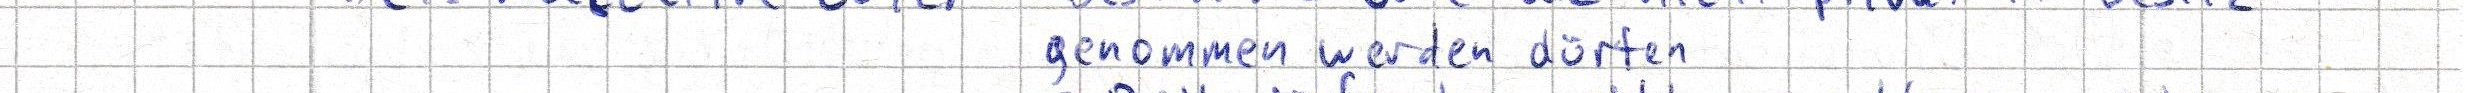
genommen werden dürfen